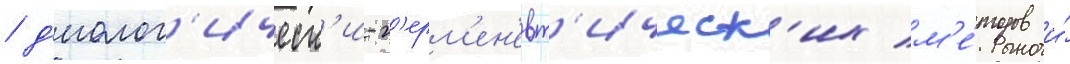
/ д'иалог'ическ'и-г'ерм'ен'евт'ическ'их м'е́тодов и́